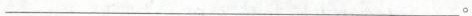
___。